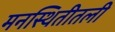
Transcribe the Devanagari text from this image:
मनस्थितीतली